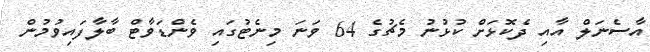
އާސެނަލް އާއި ދެކޮޅަށް ކުޅުނު މެޗުގެ 64 ވަނަ މިނެޓުގައި ވެންޑަވާޓް ބާލާފައިވުމުން